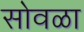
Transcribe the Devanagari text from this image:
सोवळा